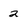
Character: 2